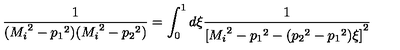
\frac { 1 } { ( { M _ { i } } ^ { 2 } - { p _ { 1 } } ^ { 2 } ) ( { M _ { i } } ^ { 2 } - { p _ { 2 } } ^ { 2 } ) } = \int _ { 0 } ^ { 1 } d \xi \frac { 1 } { { [ { M _ { i } } ^ { 2 } - { p _ { 1 } } ^ { 2 } - ( { p _ { 2 } } ^ { 2 } - { p _ { 1 } } ^ { 2 } ) \xi ] } ^ { 2 } }